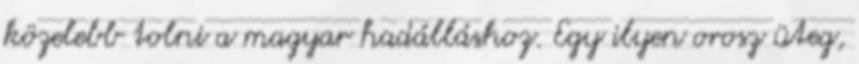
közelebb tolni a magyar hadálláshoz. Egy ilyen orosz üteg,